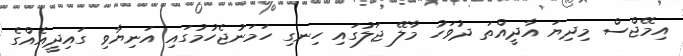
އިމޭޖްސް މިދިޔަ އާދީއްތަ ދުވަހު މާލޭ ޖަލުގައި ހިނގި ހަމަނުޖެހުމުގައި އަނިޔާވި ގައިދީއެއްގެ